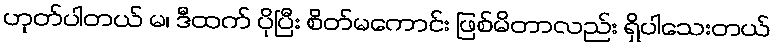
ဟုတ်ပါတယ် မ၊ ဒီထက် ပိုပြီး စိတ်မကောင်း ဖြစ်မိတာလည်း ရှိပါသေးတယ်